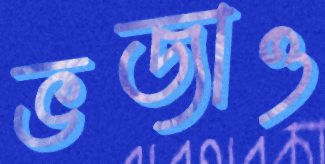
ভজাও